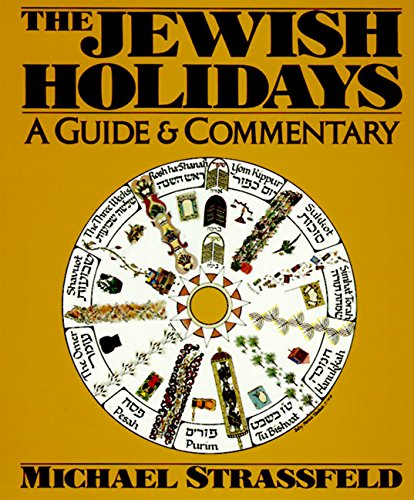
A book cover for The Jewish Holidays; Michael Strassfeld; History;